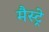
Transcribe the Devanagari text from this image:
मैस्ट्रे